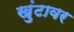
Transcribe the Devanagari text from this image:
खुंटावर